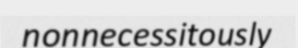
nonnecessitously